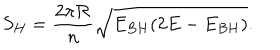
S _ { H } = \frac { 2 \pi { \cal R } } { n } \sqrt { E _ { B H } ( 2 E - E _ { B H } ) } .